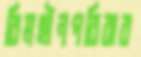
বিমহীনপরিবার